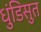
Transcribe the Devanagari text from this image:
धुंडिसुत